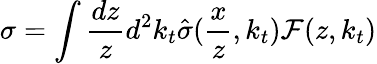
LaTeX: \sigma=\int\frac{dz}{z}d^{2}k_{t}\hat{\sigma}(\frac{x}{z},k_{t}){\cal F}(z,k_{t})